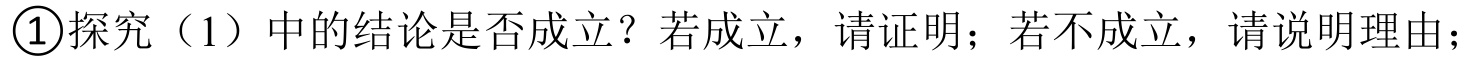
\textcircled{1}探究（1）中的结论是否成立？若成立，请证明；若不成立，请说明理由；